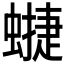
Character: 𧐥